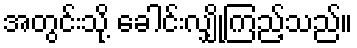
အတွင်းသို့ ခေါင်းလျှိုကြည့်သည်။